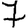
Digit: 7